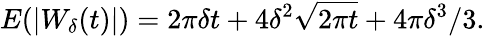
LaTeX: E(|W_{\delta}(t)|)=2\pi\delta t+4\delta^{2}{\sqrt{2\pi t}}+4\pi\delta^{3}/3.